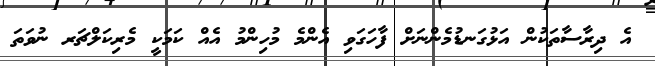
އެ ދިރާސާތަކުން އަޅުގަނޑުމެންނަށް ފާހަގަވި އެންމެ މުހިންމު އެއް ކަމަކީ މެރިކަލްޗަރ ނުވަތަ